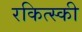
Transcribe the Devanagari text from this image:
रकित्स्की